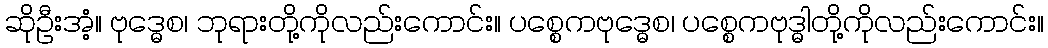
ဆိုဦးအံ့။ ဗုဒ္ဓေစ၊ ဘုရားတို့ကိုလည်းကောင်း။ ပစ္စေကဗုဒ္ဓေစ၊ ပစ္စေကဗုဒ္ဓါတို့ကိုလည်းကောင်း။